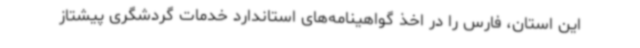
این استان، فارس را در اخذ گواهینامه‌های استاندارد خدمات گردشگری پیشتاز